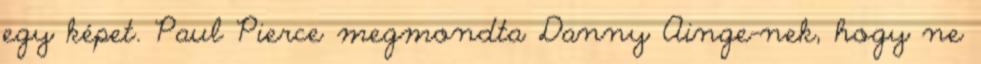
egy képet. Paul Pierce megmondta Danny Ainge-nek, hogy ne